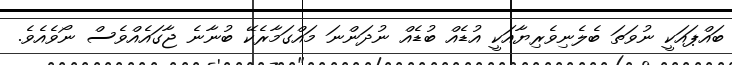
ބައްޕައަކީ ނުވަތަ ބެލެނިވެރިޔާއަކީ އުޑެއް ބުޑެއް ނުދަންނަ މައްގަމާރެކޭ ބުނާނެ ޖާގައެއްވެސް ނޯވެއެވެ.